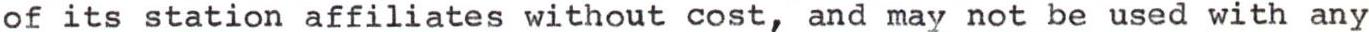
of its station affiliates without cost, and may not be used with any